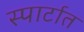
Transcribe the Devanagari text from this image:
स्पार्टात